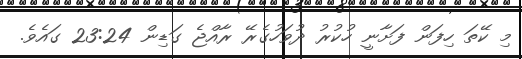
މި ކޭތަ ހިފަން ފަށާނީ ހުކުރު ދުވަހުގެރޭ ރާއްޖެ ގަޑިން 23:24 ގައެވެ.